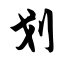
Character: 划